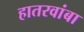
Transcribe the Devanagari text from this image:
हातरवांबा